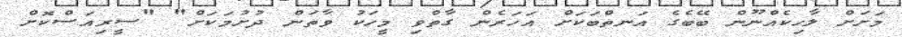
މަށަށް ލާހިކެއްނޫން ބޭބެގެ އަނތްބަކަށް އަހަރެން ގާތްވި މީހަކު ވާތަން ދުށުމަކަށް" "ސީރިއަސްކޮށް